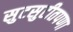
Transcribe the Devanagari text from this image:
सुटसुटीतपणा